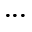
. . .